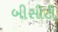
બીસીટી